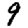
Digit: 9